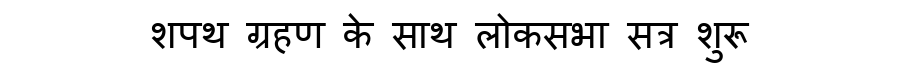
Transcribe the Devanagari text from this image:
शपथ ग्रहण के साथ लोकसभा सत्र शुरू